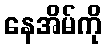
နေအိမ်ကို